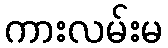
ကားလမ်းမ